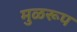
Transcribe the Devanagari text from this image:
मुळरूप